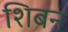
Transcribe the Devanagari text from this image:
शिबन